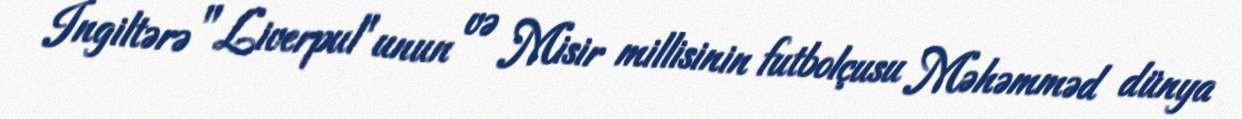
İngiltərə "Liverpul"unun və Misir millisinin futbolçusu Məhəmməd dünya